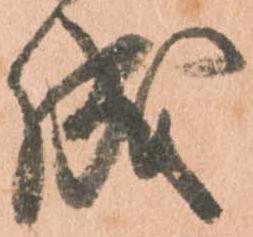
成